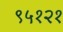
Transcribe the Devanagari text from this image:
९५१२१